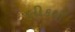
લીકથી